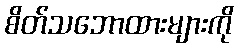
စိတ်သဘောထားများကို